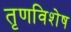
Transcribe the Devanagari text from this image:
तृणविशेष